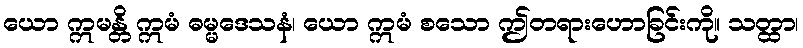
ယော ဣမန္တိ ဣမံ ဓမ္မဒေသနံ၊ ယော ဣမံ စသော ဤတရားဟောခြင်းကို။ သတ္ထာ၊